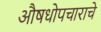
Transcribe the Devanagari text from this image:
औषधोपचाराचे